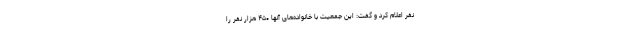
نفر اعلام کرد و گفت: این جمعیت با خانواده‌های آنها ۴۵۰ هزار نفر را